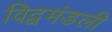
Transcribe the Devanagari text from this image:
विद्वमंडली